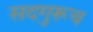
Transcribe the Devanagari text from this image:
सदगुरूच